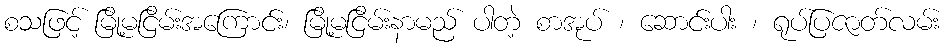
စသဖြင့် မြို့မငြိမ်းအကြောင်း၊ မြို့မငြိမ်းနာမည် ပါတဲ့ စာအုပ် ၊ ဆောင်းပါး ၊ ရုပ်ပြဇာတ်လမ်း